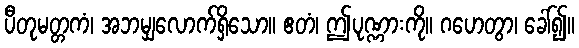
ပီတုမတ္တကံ၊ အဘမျှလောက်ရှိသော။ ဧတံ၊ ဤပုဏ္ဏားကို။ ဂဟေတွာ၊ ခေါ်၍။